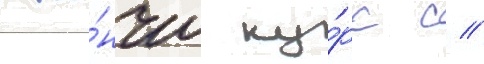
око́нчил ку́рс с //